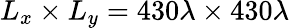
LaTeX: L_{x}\times L_{y}=430\lambda\times 430\lambda